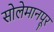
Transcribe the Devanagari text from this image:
सोलेमानपूर